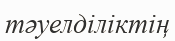
тәуелділіктің